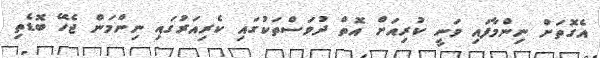
އެގޮތަށް ނިންމާފައި ވަނީ ކުރިއަށް އޮތް ދުވަސްތަކުގައި ކެރިއަރުގައި ނިންމަން ޖެހޭ ބޮޑެތި